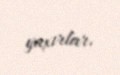
yaxırlar.